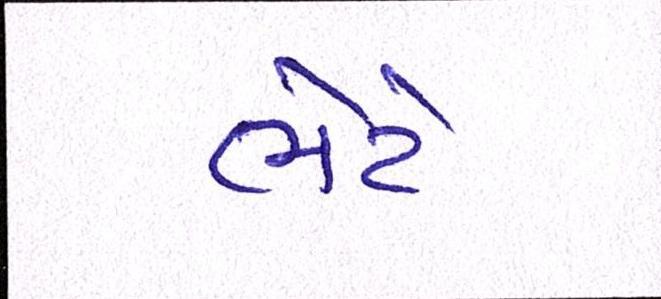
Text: ભેટે